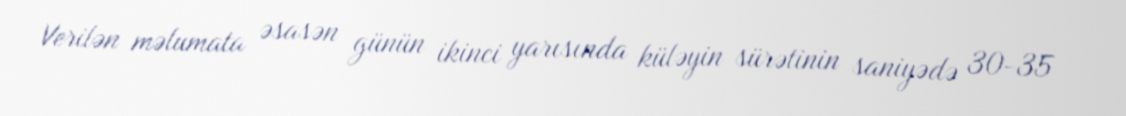
Verilən məlumata əsasən günün ikinci yarısında küləyin sürətinin saniyədə 30-35